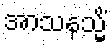
အာသနသ္မိံ